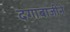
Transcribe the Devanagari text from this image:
दगाबाजीने